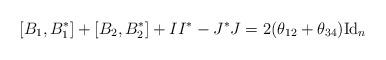
LaTeX: \begin{align*} [B_1,B_1^*] + [B_2, B_2^*] + II^* - J^*J = 2(\theta_{12} + \theta_{34}) {\rm Id}_n\end{align*}